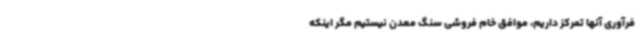
فرآوری آنها تمرکز داریم، موافق خام فروشی سنگ معدن نیستیم مگر اینکه